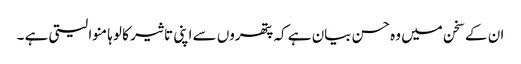
ان کے سخن میں وہ حسن بیان ہے کہ پتھروں سے اپنی تاثیر کا لوہا منوا لیتی ہے ۔